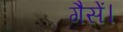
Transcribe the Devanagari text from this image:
गैसें।